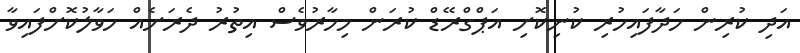
އަދި ކުރިން ހަދާފައިހުރި ކުނިކޮށި އަޕްގްރޭޑް ކުރަން މިހާރުވެސް އިތުރު ދެރަށެއް ހަވާލުކޮށްފައިވާ